Document type: Endowment
Year: 1330
Scribe: Arnau [Delpàs]
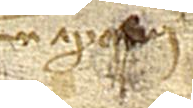
num apo[s]ui.